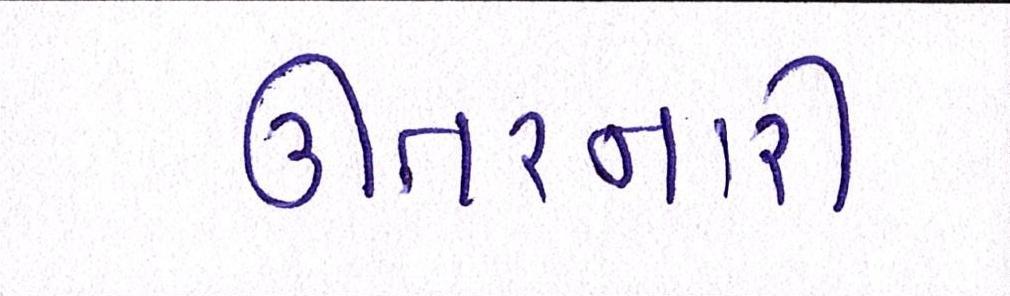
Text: ઊતરનારી